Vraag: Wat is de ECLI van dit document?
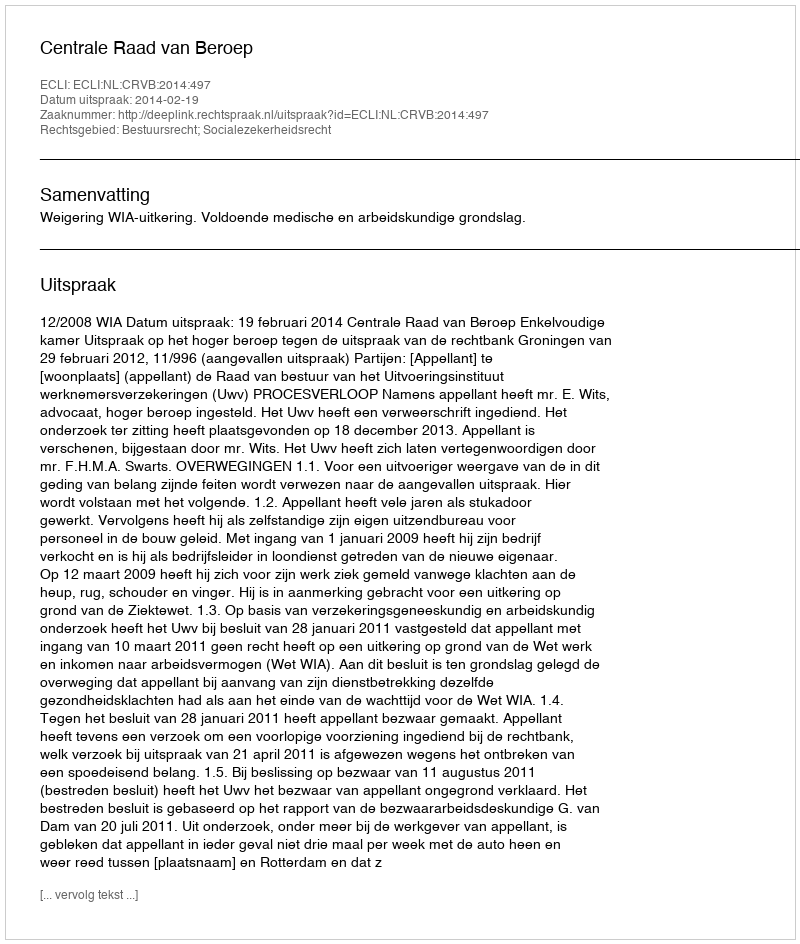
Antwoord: ECLI:NL:CRVB:2014:497